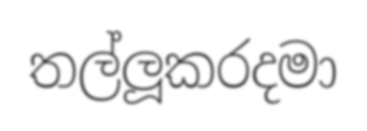
තල්ලූකරදමා